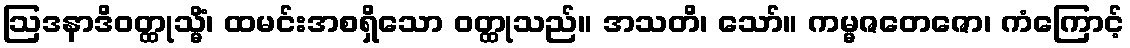
ဩဒနာဒိဝတ္ထုသ္မိံ၊ ထမင်းအစရှိသော ဝတ္ထုသည်။ အသတိ၊ သော်။ ကမ္မဇတေဇော၊ ကံကြောင့်